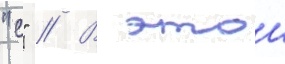
"с" // В этои